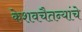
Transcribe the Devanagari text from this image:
केशवचैतन्यांचे